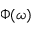
\Phi ( \omega )